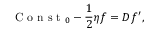
\mathrm { ~ C ~ o ~ n ~ s ~ t ~ } _ { 0 } - \frac { 1 } { 2 } \eta f = D f ^ { \prime } ,